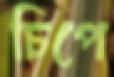
চিপে